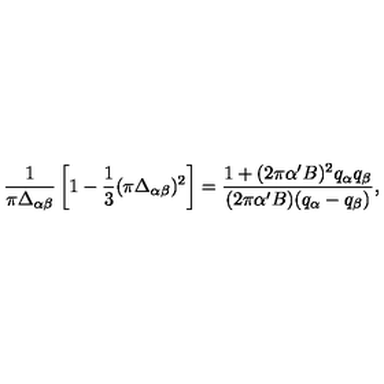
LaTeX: { \frac { 1 } { \pi \Delta _ { \alpha \beta } } } \left[ 1 - { \frac { 1 } { 3 } } ( \pi \Delta _ { \alpha \beta } ) ^ { 2 } \right] = { \frac { 1 + ( 2 \pi \alpha ^ { \prime } B ) ^ { 2 } q _ { \alpha } q _ { \beta } } { ( 2 \pi \alpha ^ { \prime } B ) ( q _ { \alpha } - q _ { \beta } ) } } ,